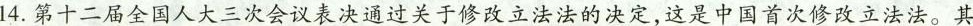
14.第十二届全国人大三次会议表决通过关于修改立法法的决定，这是中国首次修改立法法。其